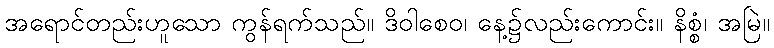
အရောင်တည်းဟူသော ကွန်ရက်သည်။ ဒိဝါစေဝ၊ နေ့၌လည်းကောင်း။ နိစ္စံ၊ အမြဲ။